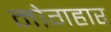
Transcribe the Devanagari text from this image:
मोगहार